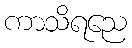
ကာသိရညေ